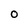
Character: O